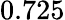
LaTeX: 0.725